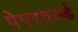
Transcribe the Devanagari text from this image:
पेपरवर्ल्ड